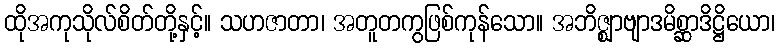
ထိုအကုသိုလ်စိတ်တို့နှင့်။ သဟဇာတာ၊ အတူတကွဖြစ်ကုန်သော။ အဘိဇ္ဈာဗျာဒမိစ္ဆာဒိဋ္ဌိယော၊